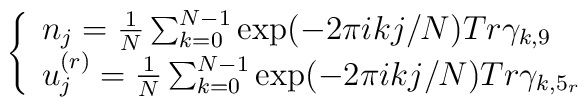
\left \{  \begin{array}{l}  n_{j} =  \frac{1}{N} \sum^{N-1}_{k=0} \exp( -   2 \pi i k  j  /N ) Tr\gamma_{k,9}  \\  u^{(r)}_{j} = \frac{1}{N}\sum^{N-1}_{k=0} \exp ( - 2 \pi i k j /N ) Tr\gamma_{k,5_{r}}\end{array} \right.